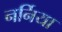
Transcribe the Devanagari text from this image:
नर्निया